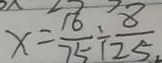
x = \frac { 1 6 } { 7 5 } \div \frac { 8 } { 2 5 }